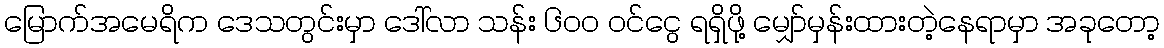
မြောက်အမေရိက ဒေသတွင်းမှာ ဒေါ်လာ သန်း ၆၀၀ ဝင်ငွေ ရရှိဖို့ မျှော်မှန်းထားတဲ့နေရာမှာ အခုတော့